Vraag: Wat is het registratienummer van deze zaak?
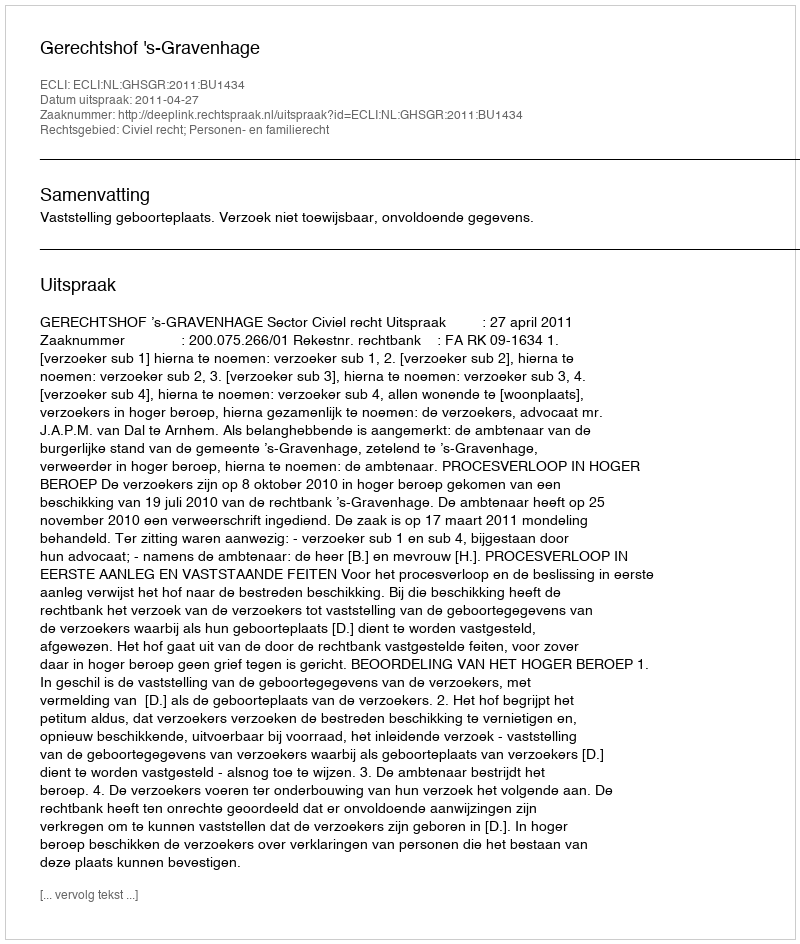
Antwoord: http://deeplink.rechtspraak.nl/uitspraak?id=ECLI:NL:GHSGR:2011:BU1434